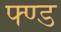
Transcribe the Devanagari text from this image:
फ्ण्ड